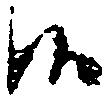
候